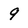
Character: 9